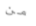
من